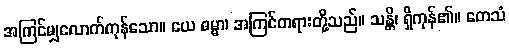
အကြင်မျှလောက်ကုန်သော။ ယေ ဓမ္မာ၊ အကြင်တရားတို့သည်။ သန္တိ၊ ရှိကုန်၏။ တေသံ